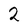
Character: 2